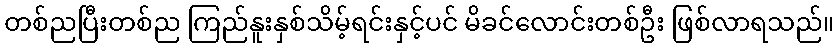
တစ်ညပြီးတစ်ည ကြည်နူးနှစ်သိမ့်ရင်းနှင့်ပင် မိခင်လောင်းတစ်ဦး ဖြစ်လာရသည်။